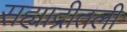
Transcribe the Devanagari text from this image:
सह्याद्रीतली